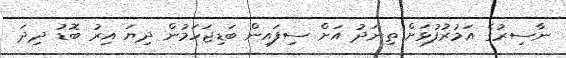
ނާސިރުގެ އަމުރުފުޅަށް ތިނަދު އަށް ސިފައިން ބަޑިޖަހަމުން ދިޔަ އިރު ބޮޑު ދިދަ